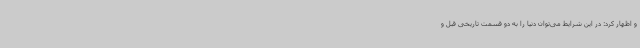
و اظهار کرد: در این شرایط می‌توان دنیا را به دو قسمت تاریخی قبل و